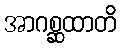
အာဂစ္ဆထာတိ